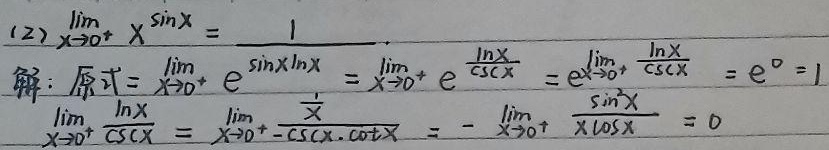
(2) $\lim_{x\rightarrow0^{+}}x^{\sin x}=1$.
解：原式$=\lim_{x\rightarrow0^{+}}e^{\sin x\ln x}=\lim_{x\rightarrow0^{+}}e^{\frac{\ln x}{\csc x}}=e^{\lim_{x\rightarrow0^{+}}\frac{\ln x}{\csc x}}=e^{0}=1$.

\[
\begin{align*}
\lim_{x\rightarrow0^{+}}\frac{\ln x}{\csc x}&=\lim_{x\rightarrow0^{+}}\frac{\frac{1}{x}}{-\csc x\cdot\cot x}\\
&=-\lim_{x\rightarrow0^{+}}\frac{\sin^{2}x}{x\cos x}\\
&=0
\end{align*}
\]